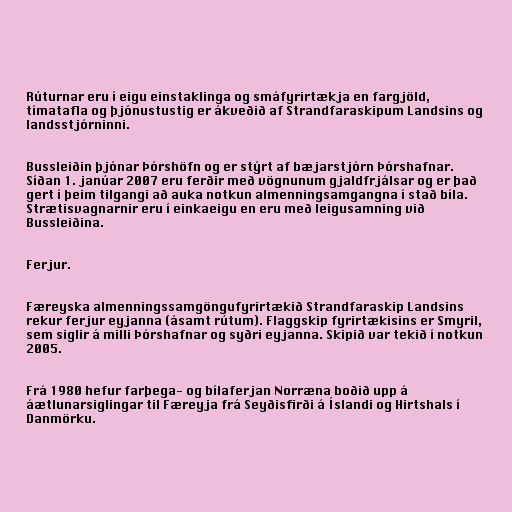
Rúturnar eru í eigu einstaklinga og smáfyrirtækja en fargjöld,
tímatafla og þjónustustig er ákveðið af Strandfaraskipum Landsins og
landsstjórninni.

Bussleiðin þjónar Þórshöfn og er stýrt af bæjarstjórn Þórshafnar.
Síðan 1. janúar 2007 eru ferðir með vögnunum gjaldfrjálsar og er það
gert í þeim tilgangi að auka notkun almenningsamgangna í stað bíla.
Strætisvagnarnir eru í einkaeigu en eru með leigusamning við
Bussleiðina.

Ferjur.

Færeyska almenningssamgöngufyrirtækið Strandfaraskip Landsins
rekur ferjur eyjanna (ásamt rútum). Flaggskip fyrirtækisins er Smyril,
sem siglir á milli Þórshafnar og syðri eyjanna. Skipið var tekið í notkun
2005.

Frá 1980 hefur farþega- og bílaferjan Norræna boðið upp á
áætlunarsiglingar til Færeyja frá Seyðisfirði á Íslandi og Hirtshals í
Danmörku.